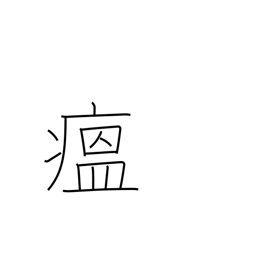
Meaning: contagious disease